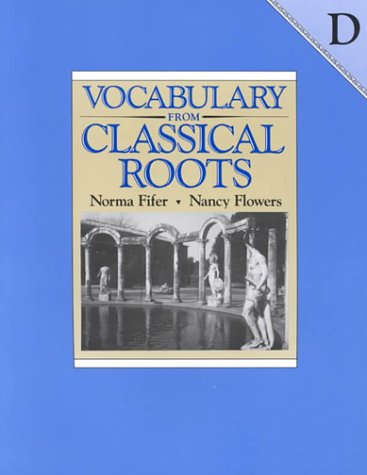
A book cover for Vocabulary from Classical Roots - D; Nancy Fifer; Teen & Young Adult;